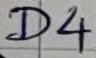
Text: D4